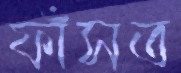
ফাঁসত